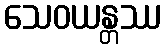
သေဝယန္တဿ